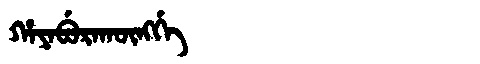
Manchu: ᡥᠠᠶᠠᠪᡠᡵᠠᡴᡡᠩᡤᡝ
Romanization: HAYABURAKŪNGGE